Report on vaccination in the Province of Bengal - 1874-1889
Year: 1874
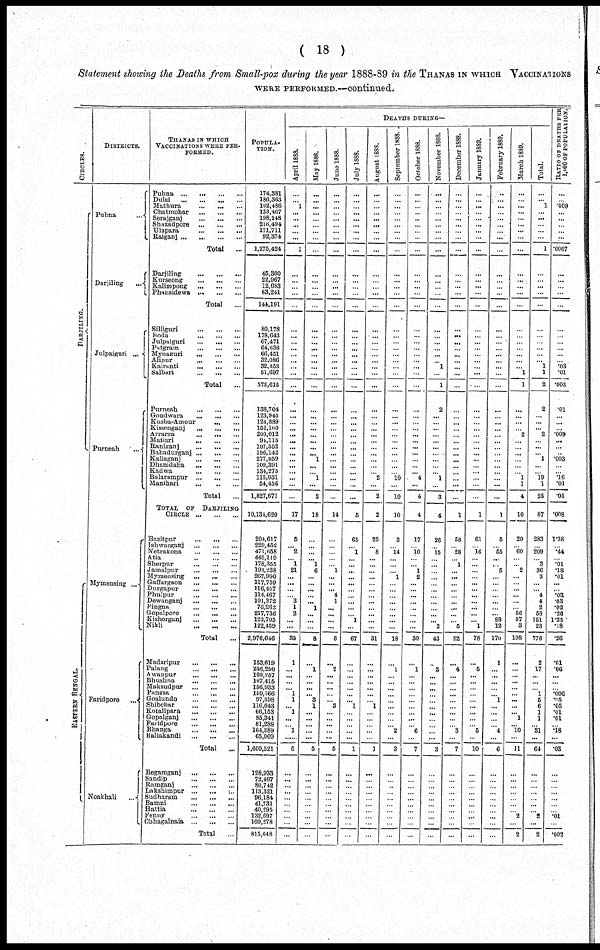
( 18 )
Statement showing the Deaths from Small-pox during the year 1888-89 in the THANAS IN WHICH VACCINATIONS
WERE PERFORMED.—continued.
CIRCLES.
DARJILING.
EASTERN BENGAL.
DISTRICTS.
Pubna
...
Darjiling
...
Julpaiguri ...
Purneah
...
Mymensing ...
Faridpore ...
Noakhali ...
THANAS IN WHICH
VACCINATIONS WERE PER¬
FORMED.
Pubna
...
...
...
...
Dulai
...
...
...
...
Mathura
...
...
...
Chatmohar
...
...
...
Serajganj
...
...
...
Shazadpore
...
...
...
Ulapara
...
...
...
Raiganj
...
...
...
...
Total
...
Darjiling
...
...
...
Kurseong
...
...
...
Kalimpong
...
...
...
Phansidewa
...
...
...
Total ...
Silliguri
...
...
...
Boda
...
...
...
Julpaiguri
...
...
...
Putgram
...
...
...
Mynaguri
...
...
...
Alipur
...
...
...
Kairanti
...
...
...
Salbari
...
...
...
Total ...
Purneah
...
...
...
Gondwara
...
...
...
Kusba-Amour
...
...
Kissenganj
...
...
...
Arrarea
...
...
...
Matiari
...
...
...
Raniganj
...
...
...
Bahadurganj
...
...
...
Kaliaganj
...
...
...
Dhamdaha
...
...
...
Kadwa ... ... ...
Balarampur
...
...
...
Manihari
...
...
...
Total ...
TOTAL OF DARJILING
CIRCLE
...
...
...
Bazitpur ... ... ...
Ishwarganj
...
...
...
Netrakona
...
...
...
Atia
...
...
...
Sherpur
...
...
...
Jamalpur
...
...
...
Mymensing ... ... ...
Gaffargaon
...
...
...
Durgapur
...
...
...
Phulpur
...
...
...
Dewanganj
...
...
...
Pingna
...
...
...
Gopalpore
...
...
...
Kishorganj
...
...
...
Nikli
...
...
...
Total
...
Madaripur
...
...
...
Palang
...
...
...
Awanpur ... ... ...
Bhushna ... ... ...
Maksudpur
...
...
...
Pangsa
...
...
...
Goalundo
...
...
...
Shibchar
...
...
...
Kotalipara
...
...
...
Gopalganj
...
...
...
Faridpore
...
...
...
Bhanga
...
...
...
Baliakandi
...
...
...
Total ...
Begamganj
...
...
...
Sandip
...
...
...
Ramganj
...
...
...
Lakshimpur ... ... ...
Sudharam
...
...
...
Bamni
...
...
...
Hattia
...
...
...
Fenny
...
...
...
Chhagalnaia
...
...
...
Total ...
POPULA¬
TION.
174,381
186,363
102,486
133,467
198,148
216,494
171,711
92,374
1,275,424
45,300
22,967
12,683
63,241
144,191
80,178
178,643
67,471
64,636
66,451
32,086
32,453
51,697
573,615
138,704
123,945
124,889
152,100
200,012
94,115
107,552
196,142
277,059
109,391
134,275
115,031
54,456
1,827,671
10,134,620
204,617
229,452
471,658
442,119
178,353
193,238
267,990
117,759
116,457
114,467
101,372
76,262
217,736
122,705
122,459
2,976,646
153,619
256,250
100,257
107,415
156,933
150,366
97,398
116,043
66,153
85,341
81,288
164,389
65,069
1,600,521
128,933
72,467
80,742
113,321
96,184
41,731
40,295
132,697
109,278
815,648
DEATHS DURING—
April 1888.
...
...
1
...
...
...
...
...
1
...
...
...
...
...
...
...
...
...
...
...
...
...
...
...
...
...
... ...
...
...
...
...
...
...
...
...
...
17
5
... 2
...
1
21
...
...
...
...
3
1
2
...
...
35
1
...
...
...
...
1
1
... 1
...
...
1
......
5
...
...
...
...
...
...
...
...
...
...
May 1888.
...
...
...
...
...
...
...
...
...
...
...
...
...
...
...
...
...
...
...
...
...
...
...
...
...
...
...
...
...
...
...
1
...
...
1
...
2
18
...
...
...
... 1
6
...
...
...
...
... 1
...
...
...
8
...
1
...
...
...
...
3
1
...
...
...
...
...
5
...
...
...
...
...
...
...
...
...
...
June 1888.
...
...
...
...
...
...
...
...
...
...
...
...
...
...
...
...
...
...
...
...
...
...
...
...
...
...
...
...
...
...
...
...
...
...
...
...
...
14
...
...
...
...
...
1
...
...
... 4
1
...
...
...
...
6
...
2
...
... ...
...
...
3
...
...
...
...
...
5
...
...
...
...
...
...
...
...
...
...
July 1888.
...
...
...
...
...
...
...
...
...
...
...
...
...
...
...
...
...
...
...
...
...
...
...
...
...
...
...
...
...
...
...
...
...
...
...
...
...
5
65
...
1
...
...
...
...
...
...
...
...
...
...
1
...
67
...
...
...
...
...
...
...
1
...
...
...
...
...
1
...
...
...
...
...
...
...
...
...
...
August 1888.
...
...
...
...
...
...
...
...
...
...
...
...
...
...
...
...
...
...
...
...
...
...
...
...
...
...
...
...
...
...
...
...
...
...
2
...
2
2
23
...
8
...
...
...
...
...
...
...
...
...
...
...
...
31
...
...
...
...
...
...
...
1
...
...
...
...
...
1
...
...
...
...
...
...
...
...
...
...
September 1888.
...
...
...
...
...
...
...
...
...
...
...
...
...
...
...
...
...
...
...
...
...
...
...
...
...
...
...
...
...
...
...
...
...
...
10
...
10
10
3
...
14
...
...
...
1
...
...
...
...
...
...
...
...
18
...
1
...
...
...
...
...
...
...
...
...
2
...
3
...
...
...
...
...
...
...
...
...
...
October 1888.
...
...
...
...
...
...
...
...
...
...
...
...
...
...
...
...
...
...
...
...
...
...
...
...
...
...
...
...
...
...
...
...
...
...
4
...
4
4
17
...
10
...
...
1
2
...
...
...
...
...
...
...
...
30
...
1
...
...
...
...
...
...
...
...
...
6
...
7
...
...
...
...
...
...
...
...
...
...
November 1888.
...
...
...
...
...
...
...
...
...
...
...
...
...
...
...
...
...
...
...
...
1
...
1
2
...
...
...
...
...
...
...
...
...
...
1
...
3
4
26
...
15
...
...
...
...
...
...
...
...
...
... 2
43
...
3
...
...
...
...
...
...
...
...
...
...
...
3
...
...
...
...
...
...
...
...
...
...
December 1888.
...
...
...
...
...
...
...
...
...
...
... ...
...
...
...
...
...
...
...
...
...
...
...
...
...
...
...
...
...
...
...
...
...
...
...
...
...
1
58
...
28
...
1
...
...
...
...
...
...
...
...
...
5
92
...
4
...
...
...
...
...
...
...
...
...
3
...
7
...
...
...
...
...
...
...
...
...
...
January 1889.
...
...
...
...
...
...
...
...
...
...
...
...
...
...
...
...
...
...
...
...
...
...
...
...
...
...
...
...
...
...
...
...
...
...
...
...
...
1
61
...
16
...
...
...
...
...
...
...
...
...
...
... 1
78
...
5
...
...
...
...
...
...
...
...
...
5
...
10
...
...
...
...
...
...
...
...
...
...
February 1889.
...
...
...
...
...
...
... ...
...
...
...
...
...
...
...
...
...
...
...
...
...
...
...
...
...
...
...
...
...
...
...
...
...
...
...
...
...
1
5
...
55
...
... 5
...
...
...
...
...
...
... 93
12
170
1
...
...
...
...
...
1
...
...
...
...
4
...
6
...
...
...
...
...
...
...
...
...
...
March 1889.
...
...
...
...
...
...
...
...
...
...
...
...
...
...
...
...
...
...
...
...
...
1
1
...
...
...
...
2
...
...
...
...
...
...
1
1
4
10
20
...
60
...
...
2
...
...
...
...
...
...
56
57
3
198
...
...
...
...
...
...
...
...
...
1
...
10
...
11
...
...
...
...
...
...
...
2
...
2
Total.
...
...
1
...
...
...
...
...
1
...
...
...
...
...
...
...
...
...
...
... 1
1
2
2
...
...
... 2
...
...
... 1
...
...
19
1
25
87
283
...
209
...
3
36
3
...
...
4
4
2
58
151
23
776
2
17
...
...
...
1
5
6
1
1
...
31
...
64
...
...
...
...
...
...
...
2
...
2
RATIO OF DEATHS PER
1,1100 OF POPULATION.
...
...
.009
...
...
...
...
...
.0007
...
...
...
...
...
...
...
...
...
...
...
.03
.01
.003
.01
...
...
...
.009
...
...
...
.003
...
...
.16
.01
.01
.008
1.38
...
.44
...
.01
.18
.01
...
...
.03
.03
.02
.28
1.23
.18
.26
.01
.06
...
...
...
.006
.05
.05
.01
.01
...
.18
...
.03
...
...
...
...
...
...
...
.01
...
.002